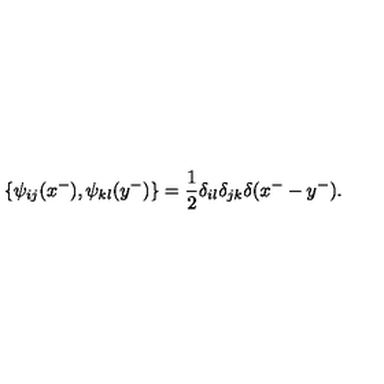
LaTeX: \{ \psi _ { i j } ( x ^ { - } ) , \psi _ { k l } ( y ^ { - } ) \} = \frac { 1 } { 2 } \delta _ { i l } \delta _ { j k } \delta ( x ^ { - } - y ^ { - } ) .